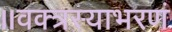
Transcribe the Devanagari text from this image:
॥वक्त्रस्याभरणं